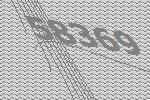
58369